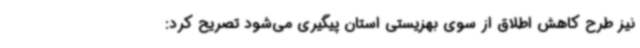
نیز طرح کاهش اطلاق از سوی بهزیستی استان پیگیری می‌شود تصریح کرد: